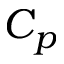
C _ { p }